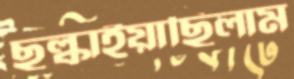
ছল্‌কাইয়াছিলাম